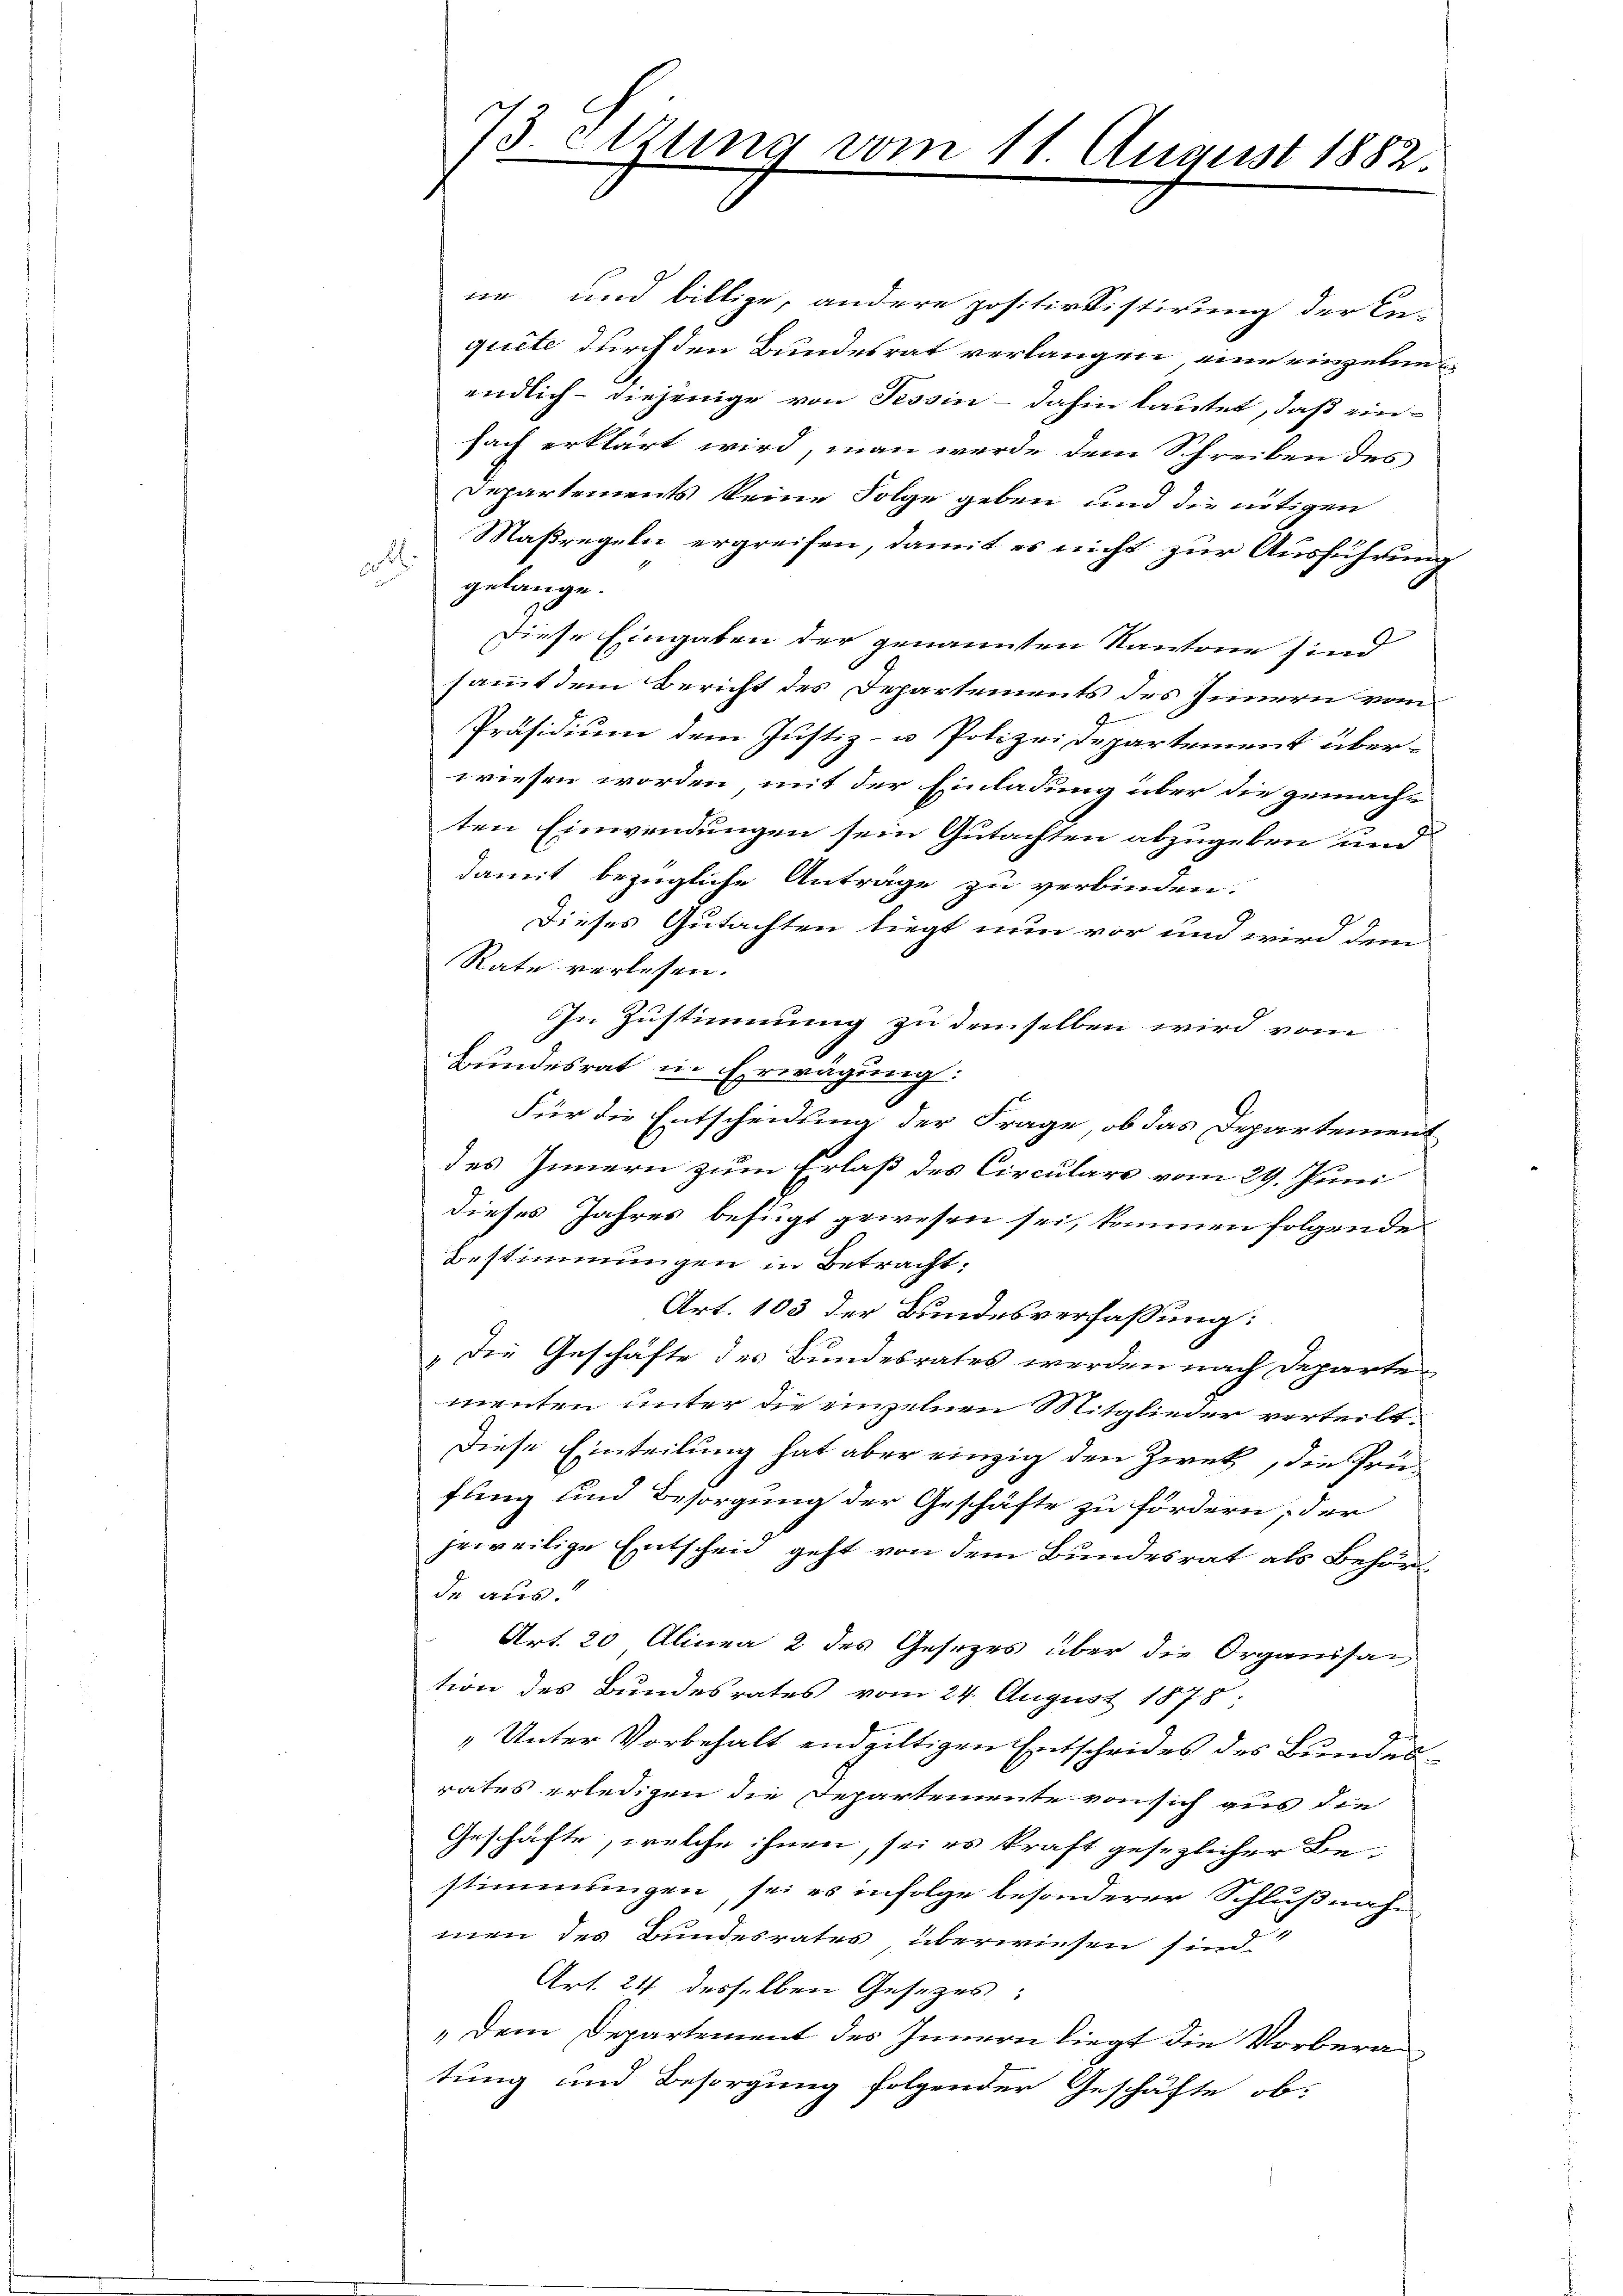
cll.

73 etzung vom 11. August 1882

ne und billige, andere positivvistirung der In-
quite durch den Bundesrat verlangen, eine einzelnen
endlich - diejenige von Tessin – dahin lautet, daß einfach erklärt wird, man werde dem Schreiben des
Departements keine Folge geben und die nötigen
Maßregeln ergreifen, damit es nicht zur Ausführung
gelange.
Diese Eingaben der genannten Kantone sind
sammt dem Bericht des Departements des Innern vom
Präsidium dem Justiz- u Polizeidepartement überwiesen worden, mit der Einladung über die gemachten Einwendungen sein Gutachten abzugeben und
damit bezügliche Anträge zu verbinden.
Dieses Gutachten liegt nun vor und wird dem
Rate verlesen. |
In Zustimmung zu demselben wird vom
Bundesrat in Erwägung:
Für die Entscheidung der Frage, ob das Departement
des Innern zum Erlaß des Circulare vom 29. Juni
dieses Jahres befügt gewesen sei, kommen folgende
Bestimmungen in Betracht,
Art. 103 der Bundesverfassung:
„Die Geschäfte des Bundesrates werden nach Departe
menten unter die einzelnen Mitglieder verteilt.
Diese Einteilung hat aber einzig den Zweck, die Prüfung und Besorgung der Geschäfte zu fördern, der
jeweilige Entscheid geht von dem Bundesrat als Behörde aus.
Art. 20 Alinea 2 des Gesezes über die Organisat
tion des Bundesrates vom 24. August 1875.
„Unter Vorbehalt endgültigen Entscheides des Bundesrates erledigen die Departemente von sich aus die
Geschäfte, welche ihnen, sei es kraft gesezlicher Bestimmungen, sei es infolge besonderer Schlußnahe
men des Bundesrates überwiesen sind.“
Art. 24 desselben Gesezes:
„Dem Departement des Innern liegt die Vorbera
tung und Besorgung folgender Geschäfte ob: